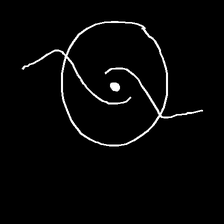
Glyph: repetition